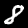
Label: 8